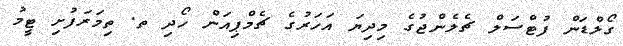
ގޯލްޑަން ފުޓްސަލް ޗެލެންޖުގެ މިދިޔަ އަހަރުގެ ޗެމްޕިއަން ހޯދި ތ. ތިމަރަފުށި ޓީމު